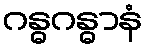
ဂန္ဓဂန္ဓာနံ